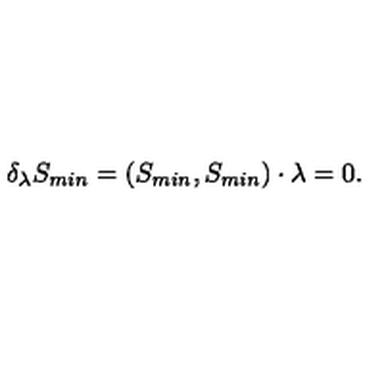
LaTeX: \delta _ { \lambda } S _ { m i n } = ( S _ { m i n } , S _ { m i n } ) \cdot \lambda = 0 .